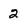
Character: 2